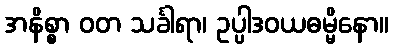
အနိစ္စာ ဝတ သင်္ခါရာ၊ ဥပ္ပါဒဝယဓမ္မိနော။